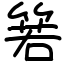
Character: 箬